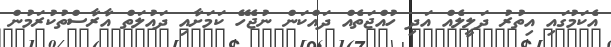
އެކަމުގައި އިތުރު ދަލީލެއް އަދި ހުއްޖަތެއް ދައްކަން ނުޖެހޭ ކަމަށާއި ދައުލަތް އާރާސްތުކުރަމުން